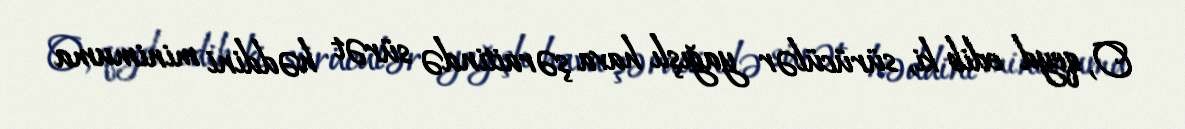
O, qeyd edib ki, sürücülər yağışlı hava şəraitində sürət həddini minimuma